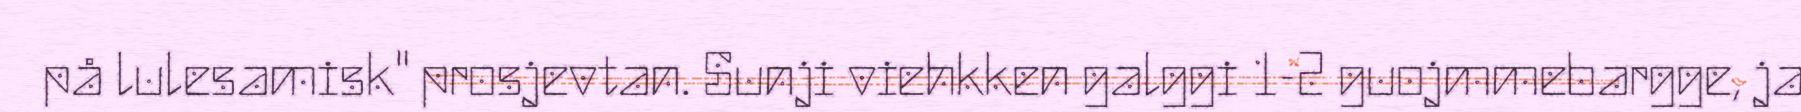
på lulesamisk" prosjevtan. Sunji viehkken galggi 1-2 guojmmebargge, ja